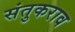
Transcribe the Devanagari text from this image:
संतुकराव